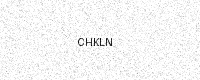
Text: CHKLN